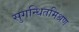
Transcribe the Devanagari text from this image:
सुगन्धितमिश्रण